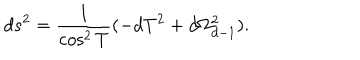
LaTeX: d s ^ { 2 } = { \frac { 1 } { \cos ^ { 2 } T } } ( - d T ^ { 2 } + d \Omega _ { d - 1 } ^ { 2 } ) .